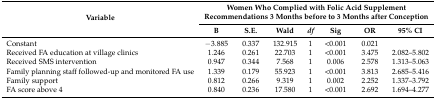
<table><thead><tr><td rowspan="2"><b>Variable</b></td><td colspan="7"><b>Women Who Complied with Folic Acid Supplement Recommendations 3 Months before to 3 Months after Conception</b></td></tr><tr><td><b>B</b></td><td><b>S.E.</b></td><td><b>Wald</b></td><td><b><i>df</i></b></td><td><b>Sig</b></td><td><b>OR</b></td><td><b>95% CI</b></td></tr></thead><tbody><tr><td>Constant</td><td>−3.885</td><td>0.337</td><td>132.915</td><td>1</td><td>&lt;0.001</td><td>0.021</td><td></td></tr><tr><td>Received FA education at village clinics</td><td>1.246</td><td>0.261</td><td>22.703</td><td>1</td><td>&lt;0.001</td><td>3.475</td><td>2.082–5.802</td></tr><tr><td>Received SMS intervention</td><td>0.947</td><td>0.344</td><td>7.568</td><td>1</td><td>0.006</td><td>2.578</td><td>1.313–5.063</td></tr><tr><td>Family planning staff followed-up and monitored FA use</td><td>1.339</td><td>0.179</td><td>55.923</td><td>1</td><td>&lt;0.001</td><td>3.813</td><td>2.685–5.416</td></tr><tr><td>Family support</td><td>0.812</td><td>0.266</td><td>9.319</td><td>1</td><td>0.002</td><td>2.252</td><td>1.337–3.792</td></tr><tr><td>FA score above 4</td><td>0.840</td><td>0.236</td><td>17.580</td><td>1</td><td>&lt;0.001</td><td>2.692</td><td>1.694–4.277</td></tr></tbody></table>